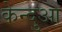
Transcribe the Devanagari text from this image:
केन्‍दुआ